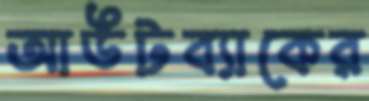
আউটব্যাকের